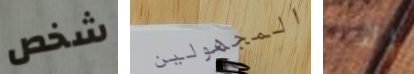
شخص المجهولين الأمر